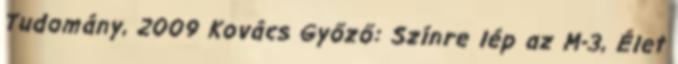
Tudomány, 2009 Kovács Győző: Színre lép az M-3, Élet